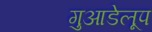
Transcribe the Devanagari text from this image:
गुआडेलूप